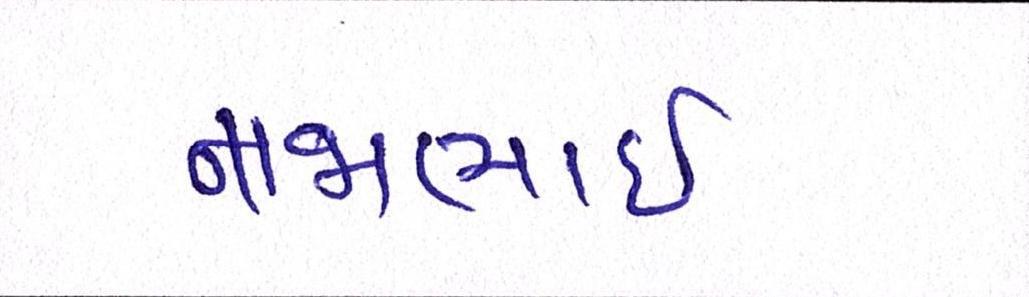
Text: નાજાભાઇ